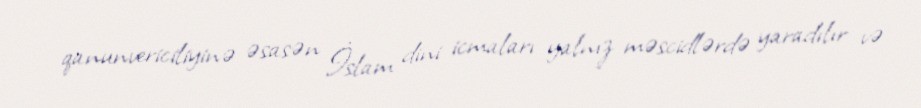
qanunvericiliyinə əsasən İslam dini icmaları yalnız məscidlərdə yaradılır və